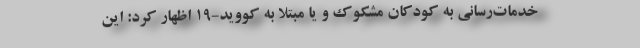
خدمات‌رسانی به کودکان مشکوک و یا مبتلا به کووید-19 اظهار کرد: این